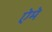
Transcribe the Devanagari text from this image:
ऐमे